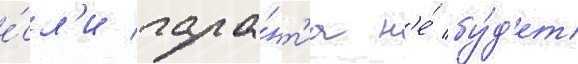
е́сл'и гара́нт'иа н'е́ бу́д'ет